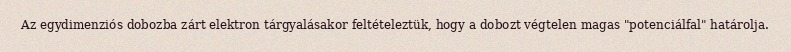
Az egydimenziós dobozba zárt elektron tárgyalásakor feltételeztük, hogy a dobozt végtelen magas "potenciálfal" határolja.